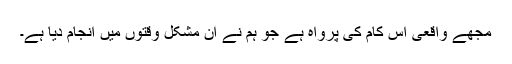
مجھے واقعی اس کام کی پرواہ ہے جو ہم نے ان مشکل وقتوں میں انجام دیا ہے۔